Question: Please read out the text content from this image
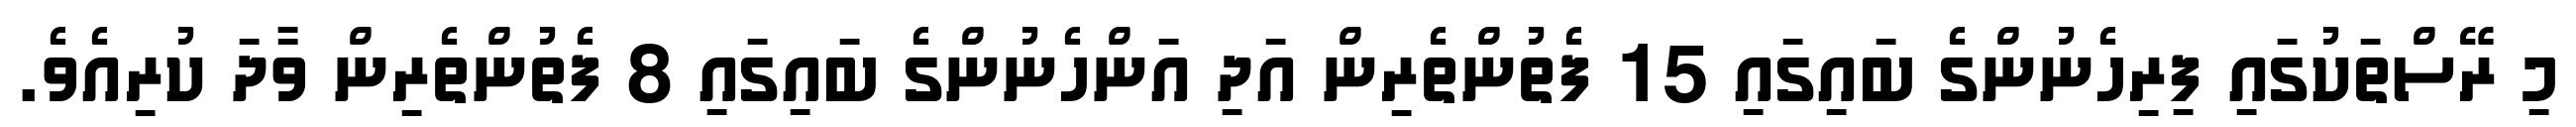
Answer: މި ރޭސްތަކުގައި ފިރިހެނުންގެ ބައިގައި 15 ފެތުންތެރިން އަދި އަންހެނުންގެ ބައިގައި 8 ފެތުންތެރިން ވާދަ ކުރިއެވެ.